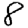
Digit: 8